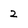
Character: 2